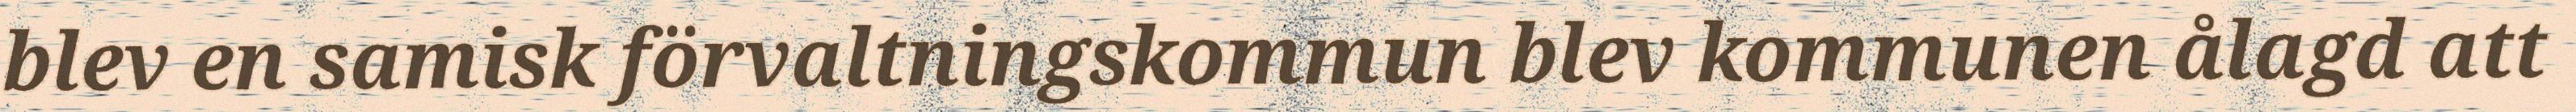
blev en samisk förvaltningskommun blev kommunen ålagd att